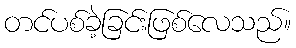
တင်ပစ်ခဲ့ခြင်းဖြစ်လေသည်။